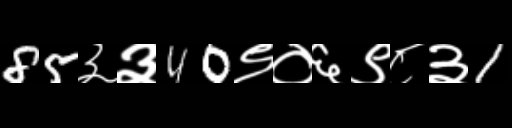
Text: 85३३40९०६९८३1